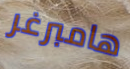
هامبرغر